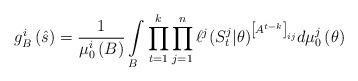
LaTeX: \begin{align*}g_B^i\left(\hat{s}\right) & = \frac{1}{\mu_0^i\left(B\right)} \int\limits_{B} \prod\limits_{t=1}^{k} \prod\limits_{j=1}^{n} \ell^j(S_{t}^j|\theta)^{\left[A^{t-k}\right]_{ij}}d\mu_0^j\left(\theta\right)\end{align*}